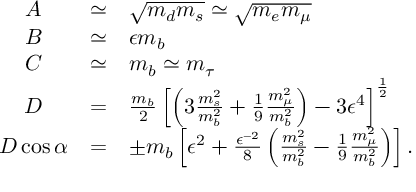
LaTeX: \begin{array} { c c l } { { A } } & { { \simeq } } & { { \sqrt { m _ { d } m _ { s } } \simeq \sqrt { m _ { e } m _ { \mu } } \nonumber \strut } } \\ { { B } } & { { \simeq } } & { { \epsilon m _ { b } \nonumber \strut } } \\ { { C } } & { { \simeq } } & { { m _ { b } \simeq m _ { \tau } \nonumber \strut } } \\ { { D } } & { { = } } & { { \frac { m _ { b } } { 2 } \left[ \left( 3 \frac { m _ { s } ^ { 2 } } { m _ { b } ^ { 2 } } + \frac { 1 } { 9 } \frac { m _ { \mu } ^ { 2 } } { m _ { b } ^ { 2 } } \right) - 3 \epsilon ^ { 4 } \right] ^ { \frac { 1 } { 2 } } \nonumber \strut } } \\ { { D \cos \alpha } } & { { = } } & { { \pm m _ { b } \left[ \epsilon ^ { 2 } + \frac { \epsilon ^ { - 2 } } { 8 } \left( \frac { m _ { s } ^ { 2 } } { m _ { b } ^ { 2 } } - \frac { 1 } { 9 } \frac { m _ { \mu } ^ { 2 } } { m _ { b } ^ { 2 } } \right) \right] . } } \end{array}